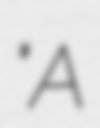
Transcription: "A